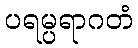
ပရမ္ပရာဂတံ